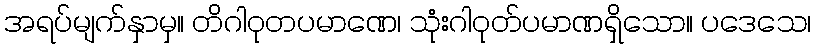
အရပ်မျက်နှာမှ။ တိဂါဝုတပမာဏေ၊ သုံးဂါဝုတ်ပမာဏရှိသော။ ပဒေသေ၊